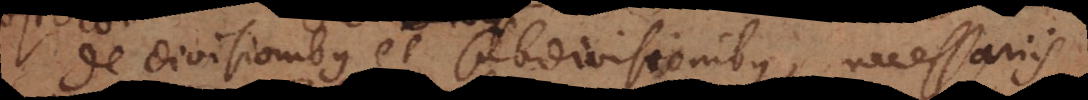
De divisionibus et subdivisionibus, necessarii